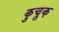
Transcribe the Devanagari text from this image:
कुचूक